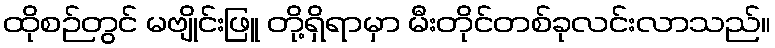
ထိုစဉ်တွင် မဗျိုင်းဖြူ တို့ရှိရာမှာ မီးတိုင်တစ်ခုလင်းလာသည်။